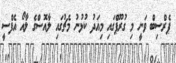
ޕެރްސިބް ވަނީ މި ގުރޫޕްގައި މިއަދު ކުޅުނު މެޗުގައި ލާއޮސްގެ ލާއޯ އެފްސީ